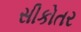
સીકોતર